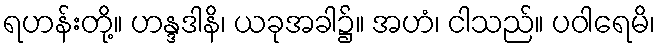
ရဟန်းတို့။ ဟန္ဒဒါနိ၊ ယခုအခါ၌။ အဟံ၊ ငါသည်။ ပဝါရေမိ၊